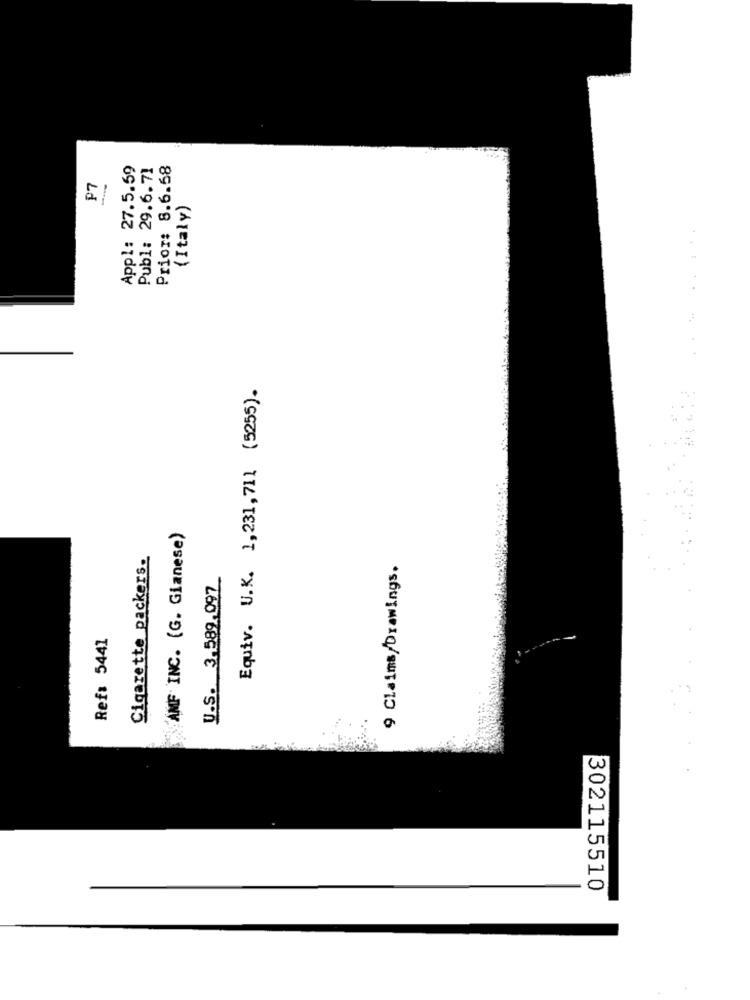
Appl: 27.5.59
Publ: 29.6.71
Prior: 8.6.58
P7
(Italy)
Equiv. U.K. 1,231,711 (5255).
AMF INC. (G. Gianese)
Cigarette packers.
9 Claims/Drawings.
U.S. 3.589.092
Ref: 5441
..
302115510